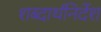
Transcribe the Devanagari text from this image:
शब्दार्थनिर्देश